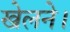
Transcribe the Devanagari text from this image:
खेलने।